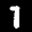
Label: 7